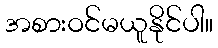
အစားဝင်မယူနိုင်ပါ။